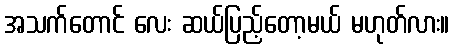
အသက်တောင် လေး ဆယ်ပြည့်တော့မယ် မဟုတ်လား။